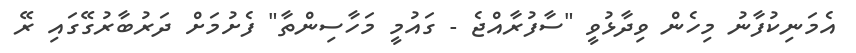
އެމަނިކުފާނު މިހެން ވިދާޅުވީ "ސާފުރާއްޖެ - ގައުމީ މަހާސިންތާ" ފެށުމަށް ދަރުބާރުގޭގައި ރޭ